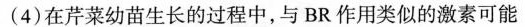
(4)在芹菜幼苗生长的过程中，与BR作用类似的激素可能